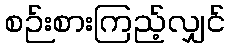
စဉ်းစားကြည့်လျှင်